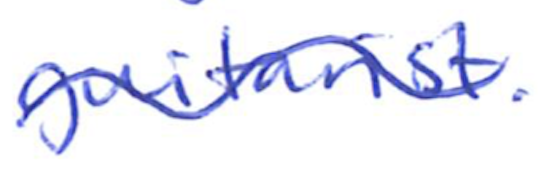
Text: guitarist).
Cross-out: wave
Writing tool: ballpoint